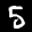
Label: 5